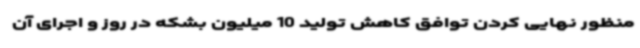
منظور نهایی کردن توافق کاهش تولید 10 میلیون بشکه در روز و اجرای آن